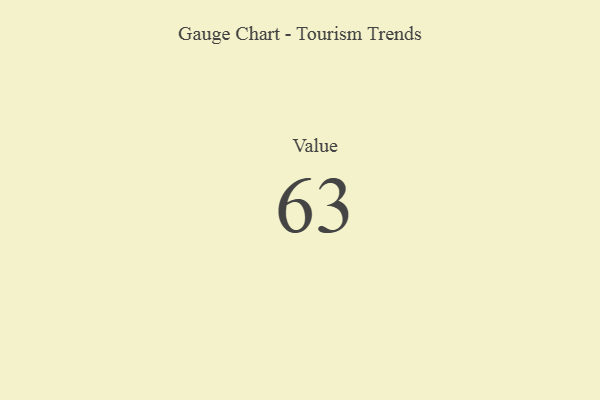
{"axis": {"x": "Metric", "y": "Value"}, "legend": [""], "data": [{"x": "Value", "y": 63, "type": ""}]}